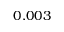
0 . 0 0 3